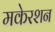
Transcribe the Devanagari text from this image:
मकेरशन